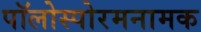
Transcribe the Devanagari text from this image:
पॉलोस्पोरमनामक